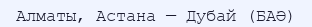
Алматы, Астана — Дубай (БАӘ)